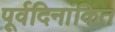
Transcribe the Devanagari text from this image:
पूर्वदिनांकित